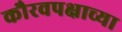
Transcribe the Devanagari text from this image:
कौरवपक्षाच्या